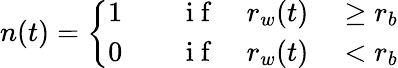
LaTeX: n(t)=\left\{ \begin{array}{rlrl}{1}&{{}\quad\mathrm{~i~f~}}&{r_{w}(t)}&{{}\geq r_{b}}\\ {0}&{{}\quad\mathrm{~i~f~}}&{r_{w}(t)}&{{}<r_{b}}\end{array}\right.